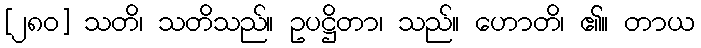
[၂၈၀] သတိ၊ သတိသည်။ ဥပဋ္ဌိတာ၊ သည်။ ဟောတိ၊ ၏။ တာယ